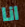
انا